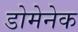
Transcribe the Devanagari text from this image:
डोमेनेक